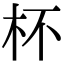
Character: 杯